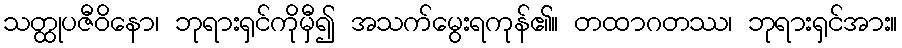
သတ္ထုပဇီဝိနော၊ ဘုရားရှင်ကိုမှီ၍ အသက်မွေးရကုန်၏။ တထာဂတဿ၊ ဘုရားရှင်အား။